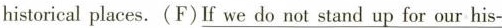
historical places.(F) \underline{If we do not stand up for our his-}